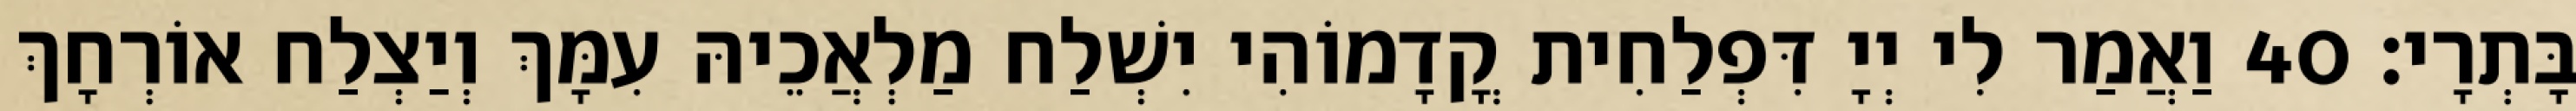
בָּתְרָי׃ 40 וַאֲמַר לִי יְיָ דִּפְלַחִית קֳדָמוֹהִי יִשְׁלַח מַלְאֲכֵיהּ עִמָּךְ וְיַצְלַח אוֹרְחָךְ